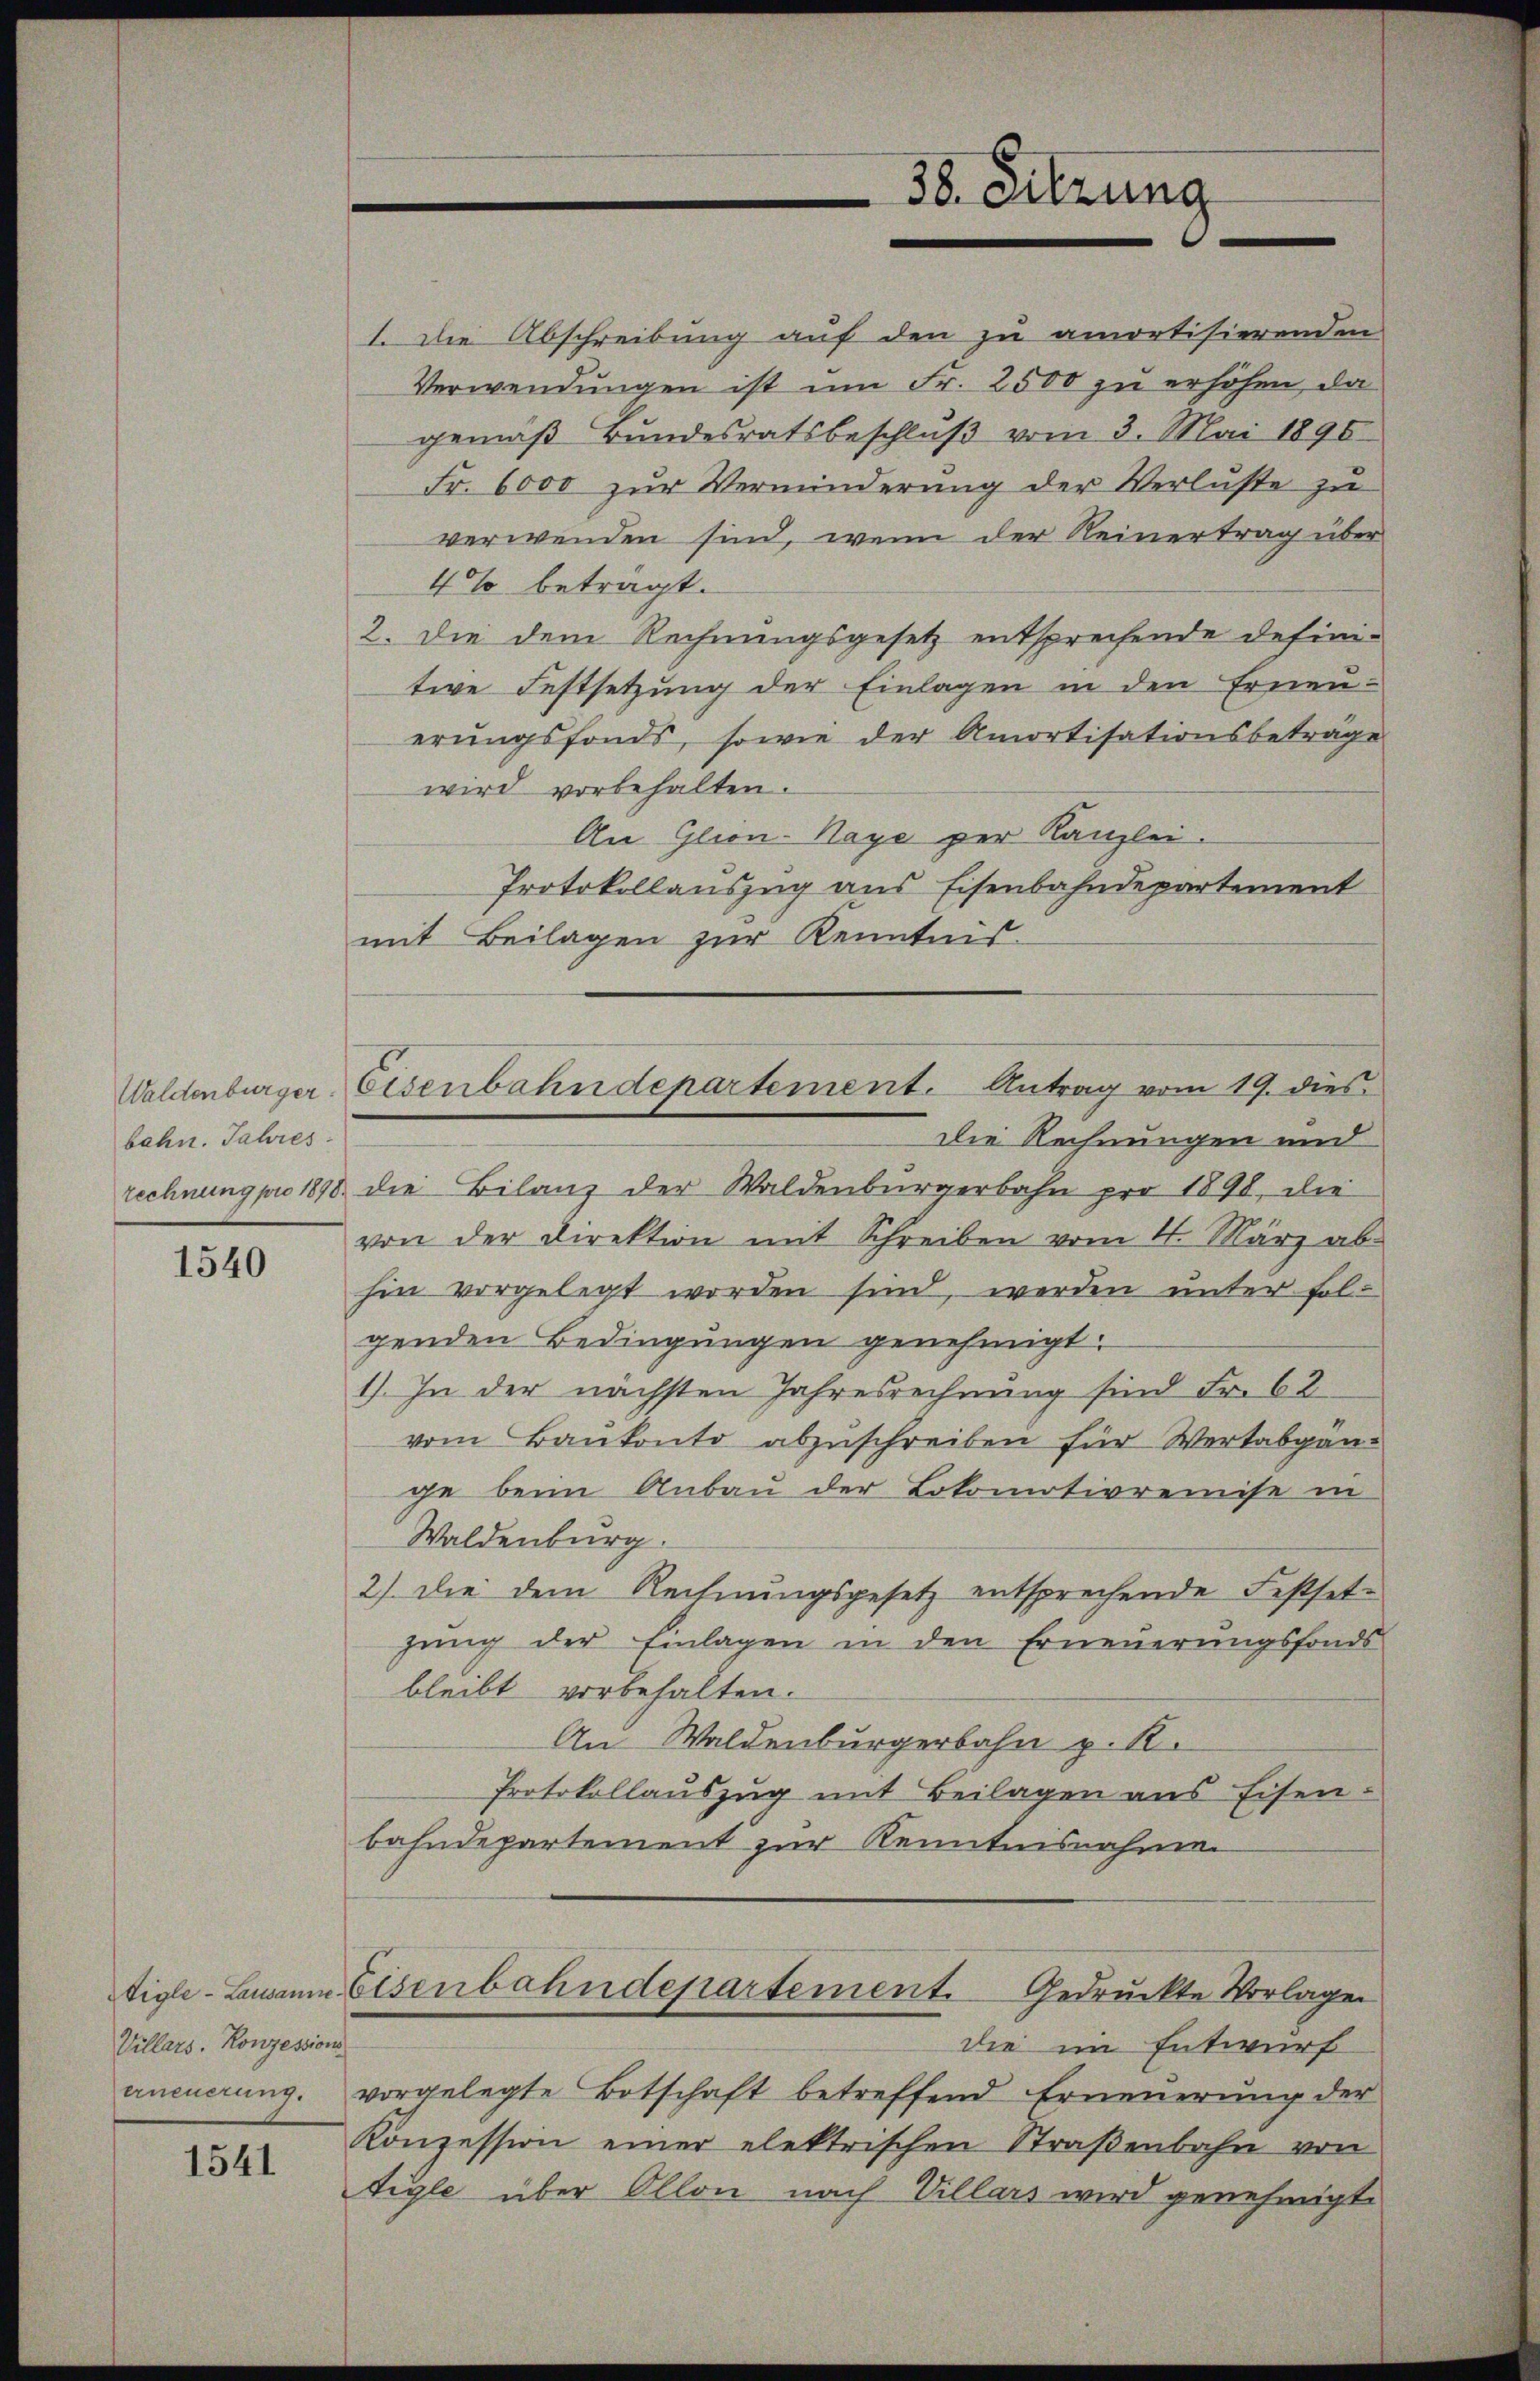
bahn. Jahres
rechnung pro 1898.

1540

Villars. Konzessions

1541

1. Die Abschreibung auf den zu amortisierenden
Verwendungen ist um Fr. 2500 zu erhöhen, da
gemäβ Bŭndesratsbeschlŭβ vom 3. Mai 1890.
Fr. 6000 zur Verminderung der Verluste zu
verwenden sind, wenn der Reinertrag über
4% beträgt.
2. Die dem Rechnungsgesetz entsprechende definitive Festsetzung der Einlagen in den Erneuerŭngsfonds, sowie der Amortisationsbeträge
wird vorbehalten.
An Glion-Haye per Kanzlei.
Protokollauszug aus Eisenbahndepartement
mit Beilagen zur Kenntnis-
Die Rechnungen und
die Bilanz der Waldenburgerbahn pro 1890, die
von der Direktion mit Schreiben vom 4. März ab-
hin vorgelegt worden sind, werden unter folgenden Bedingungen genehmigt.
1). In der nächsten Jahresrechnung sind Fr. 62
vom Baukonto abzuschreiben für Wertabgänge beim Anbau der Lokomotivremise in
Waldenburg.
2) Die dem Rechnungsgesetz entsprechende Festsetgŭng der Einlagen in den Erneŭerŭngsfonds
bleibt vorbehalten.
An Waldenburgerbahn p. R.
Protokollauszug mit Beilagen aus Eisen-
bahndepartement zur Kenntnisnahme
tigle-Bann Eisenbahndepartement. Gedruckte Vorlagen
die im Entwurf
ancierŭng vorgelegte Botschaft betreffend Erneŭerŭng der
Konzession einer elektrischen Straßenbahn von
tigle über Ollon nach Villars wird genehmigt.

38. Sitzung

Waldenburger Eisenbahndepartement. Antrag vom 19. dies